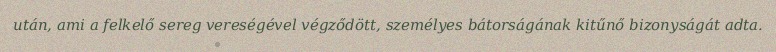
után, ami a felkelő sereg vereségével végződött, személyes bátorságának kitűnő bizonyságát adta.